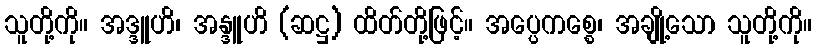
သူတို့ကို။ အဒ္ဒူဟိ၊ အန္ဒူဟိ (ဆဋ္ဌ) ထိတ်တို့ဖြင့်။ အပ္ပေကစ္စေ၊ အချို့သော သူတို့ကို။